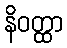
နိဝတ္ထာ